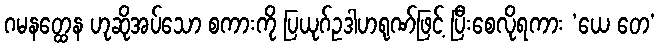
ဂမနတ္ထေန ဟုဆိုအပ်သော စကားကို ပြယုဂ်ဥဒါဟရုဏ်ဖြင့် ပြီးစေလိုရကား ‘ယေ တေ’